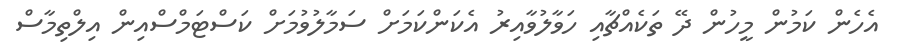
އެހެން ކަމުން މީހުން ދޭ ތަކެއްޗާއި ހަވާލުވާއިރު އެކަންކަމަށް ސަމާލުވުމަށް ކަސްޓަމްސްއިން އިލްތިމާސް